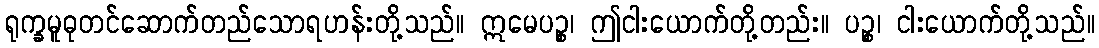
ရုက္ခမူဓုတင်ဆောက်တည်သောရဟန်းတို့သည်။ ဣမေပဉ္စ၊ ဤငါးယောက်တို့တည်း။ ပဉ္စ၊ ငါးယောက်တို့သည်။